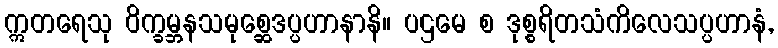
ဣတရေသု ဝိက္ခမ္ဘနသမုစ္ဆေဒပ္ပဟာနာနိ။ ပဌမေ စ ဒုစ္စရိတသံကိလေသပ္ပဟာနံ,